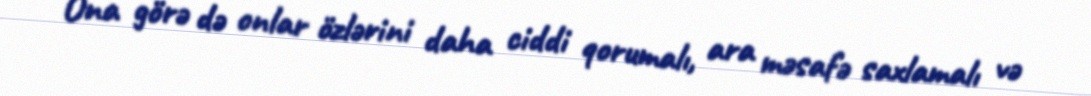
Ona görə də onlar özlərini daha ciddi qorumalı, ara məsafə saxlamalı və